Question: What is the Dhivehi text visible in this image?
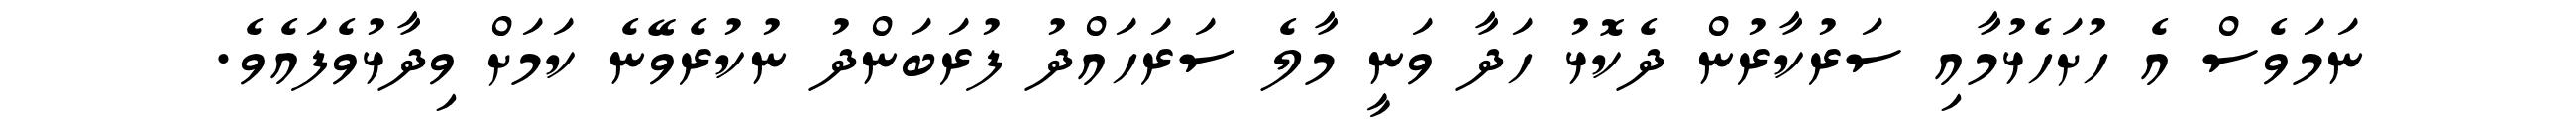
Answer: ނަމަވެސް އެ ހުށަހެޅުމާއި ސަރުކާރުން ދެކޮޅު ހަދާ ވަނީ މާލެ ސަރަހައްދު ފުރަބަންދު ނުކުރެވޭނެ ކަމަށް ވިދާޅުވެފައެވެ.